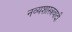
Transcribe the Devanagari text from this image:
नव्यशास्त्रवादी